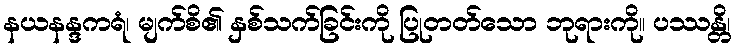
နယနန္ဒကရံ၊ မျက်စိ၏ နှစ်သက်ခြင်းကို ပြုတတ်သော ဘုရားကို။ ပဿန္တိ၊